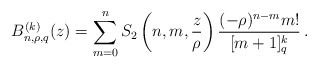
\begin{align*} B_{n,\rho,q}^{(k)}(z)=\sum_{m=0}^n S_2\left(n,m,\frac{z}{\rho}\right)\frac{(-\rho)^{n-m}m!}{[m+1]_q^k}\,. \end{align*}